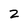
Character: z